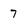
Character: 7